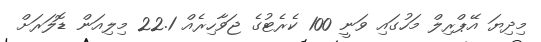
މިދިޔަ އޭޕްރިލް މަހުގައި ވަނީ 100 ކެރެޓުގެ ޖަވާހިރެއް 22.1 މިލިއަން ޑޮލަރަށް